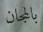
بالمجان